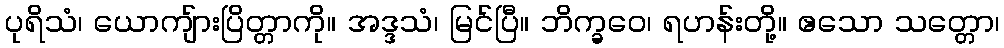
ပုရိသံ၊ ယောကျ်ားပြိတ္တာကို။ အဒ္ဒသံ၊ မြင်ပြီ။ ဘိက္ခဝေ၊ ရဟန်းတို့။ ဧသော သတ္တော၊